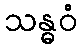
သန္ဓဝံ